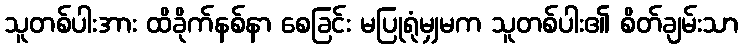
သူတစ်ပါးအား ထိခိုက်နစ်နာ စေခြင်း မပြုရုံမျှမက သူတစ်ပါး၏ စိတ်ချမ်းသာ